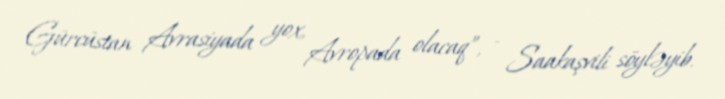
Gürcüstan Avrasiyada yox, Avropada olacaq”, - Saakaşvili söyləyib.